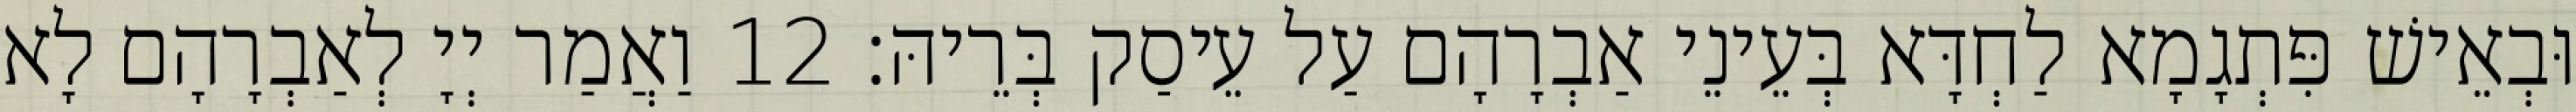
וּבְאֵישׁ פִּתְגָמָא לַחְדָּא בְּעֵינֵי אַבְרָהָם עַל עֵיסַק בְּרֵיהּ׃ 12 וַאֲמַר יְיָ לְאַבְרָהָם לָא